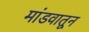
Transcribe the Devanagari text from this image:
मांडवातून